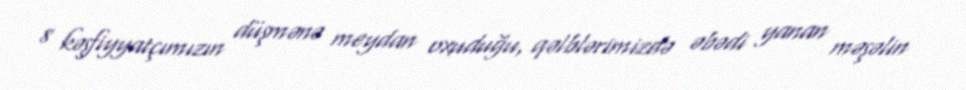
8 kəşfiyyatçımızın düşmənə meydan oxuduğu, qəlblərimizdə əbədi yanan məşəlin